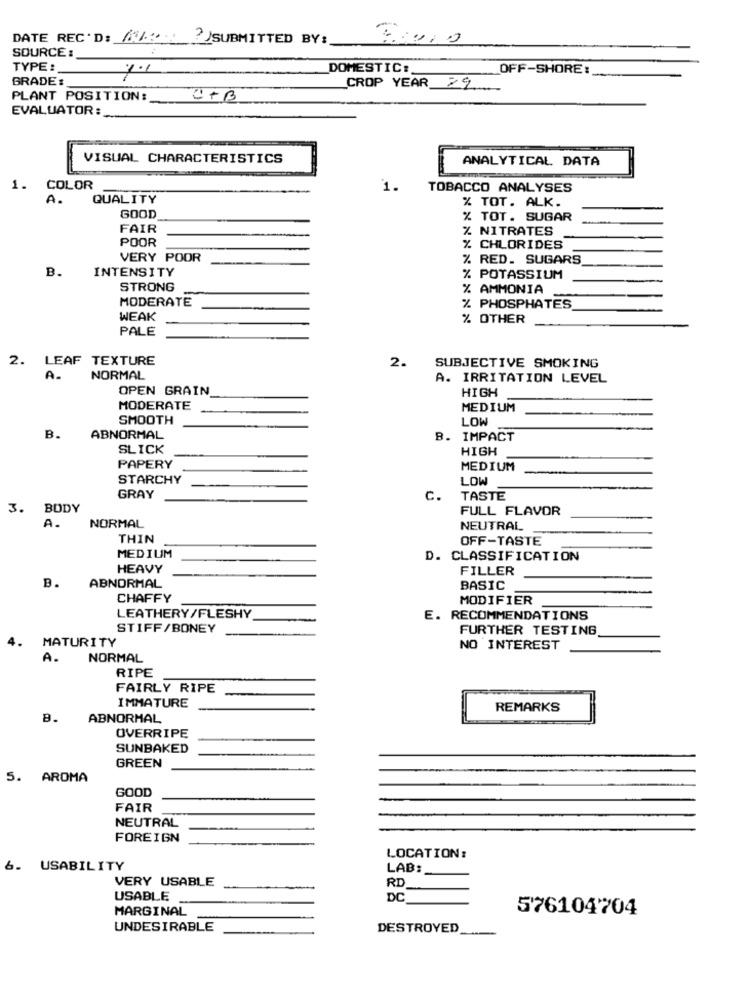
DATE REC'D: 6%22 SUBMITTED BY :_
SOURCE :
TYPE :
1.1
DOMESTIC:
OFF-SHORE:
GRADE :
CROP YEAR 29
PLANT POSITION: CFB
EVALUATOR :_..
VISUAL CHARACTERISTICS
ANALYTICAL DATA
1. COLOR
1.
TOBACCO ANALYSES
A.
QUALITY
% TOT. ALK.
GOOD
% TOT. SUGAR
FAIR
% NITRATES
POOR
% CHLORIDES
VERY POOR
% RED. SUGARS
B.
INTENSITY
% POTASSIUM
STRONG
% AMMONIA
MODERATE
% PHOSPHATES
WEAK
% OTHER
PALE
2.
LEAF TEXTURE
2.
SUBJECTIVE SMOKING
A.
NORMAL
A. IRRITATION LEVEL
OPEN GRAIN
HIGH
MODERATE
MEDIUM
SMOOTH
LOW
B.
ABNORMAL
B. IMPACT
SLICK
HIGH
PAPERY
MEDIUM
STARCHY
LOW
GRAY
C.
TASTE
3.
BODY
FULL FLAVOR
A.
NORMAL
NEUTRAL
THIN
OFF-TASTE
MEDIUM
D. CLASSIFICATION
HEAVY
FILLER
B.
ABNORMAL
BASIC
CHAFFY
MODIFIER
LEATHERY/FLESHY
E. RECOMMENDATIONS
STIFF/BONEY
FURTHER TESTING
MATURITY
NO INTEREST
A.
NORMAL
RIPE
FAIRLY RIPE
IMMATURE
REMARKS
8.
ABNORMAL
OVERRIPE
SUNBAKED
GREEN
5. AROMA
GOOD
FAIR
NEUTRAL
FOREIGN
LOCATION:
6. USABILITY
LAB:
VERY USABLE
RD
USABLE
DC
MARGINAL
576104704
UNDESIRABLE
DESTROYED